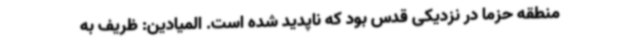
منطقه حزما در نزدیکی قدس بود که ناپدید شده است. المیادین: ظریف به